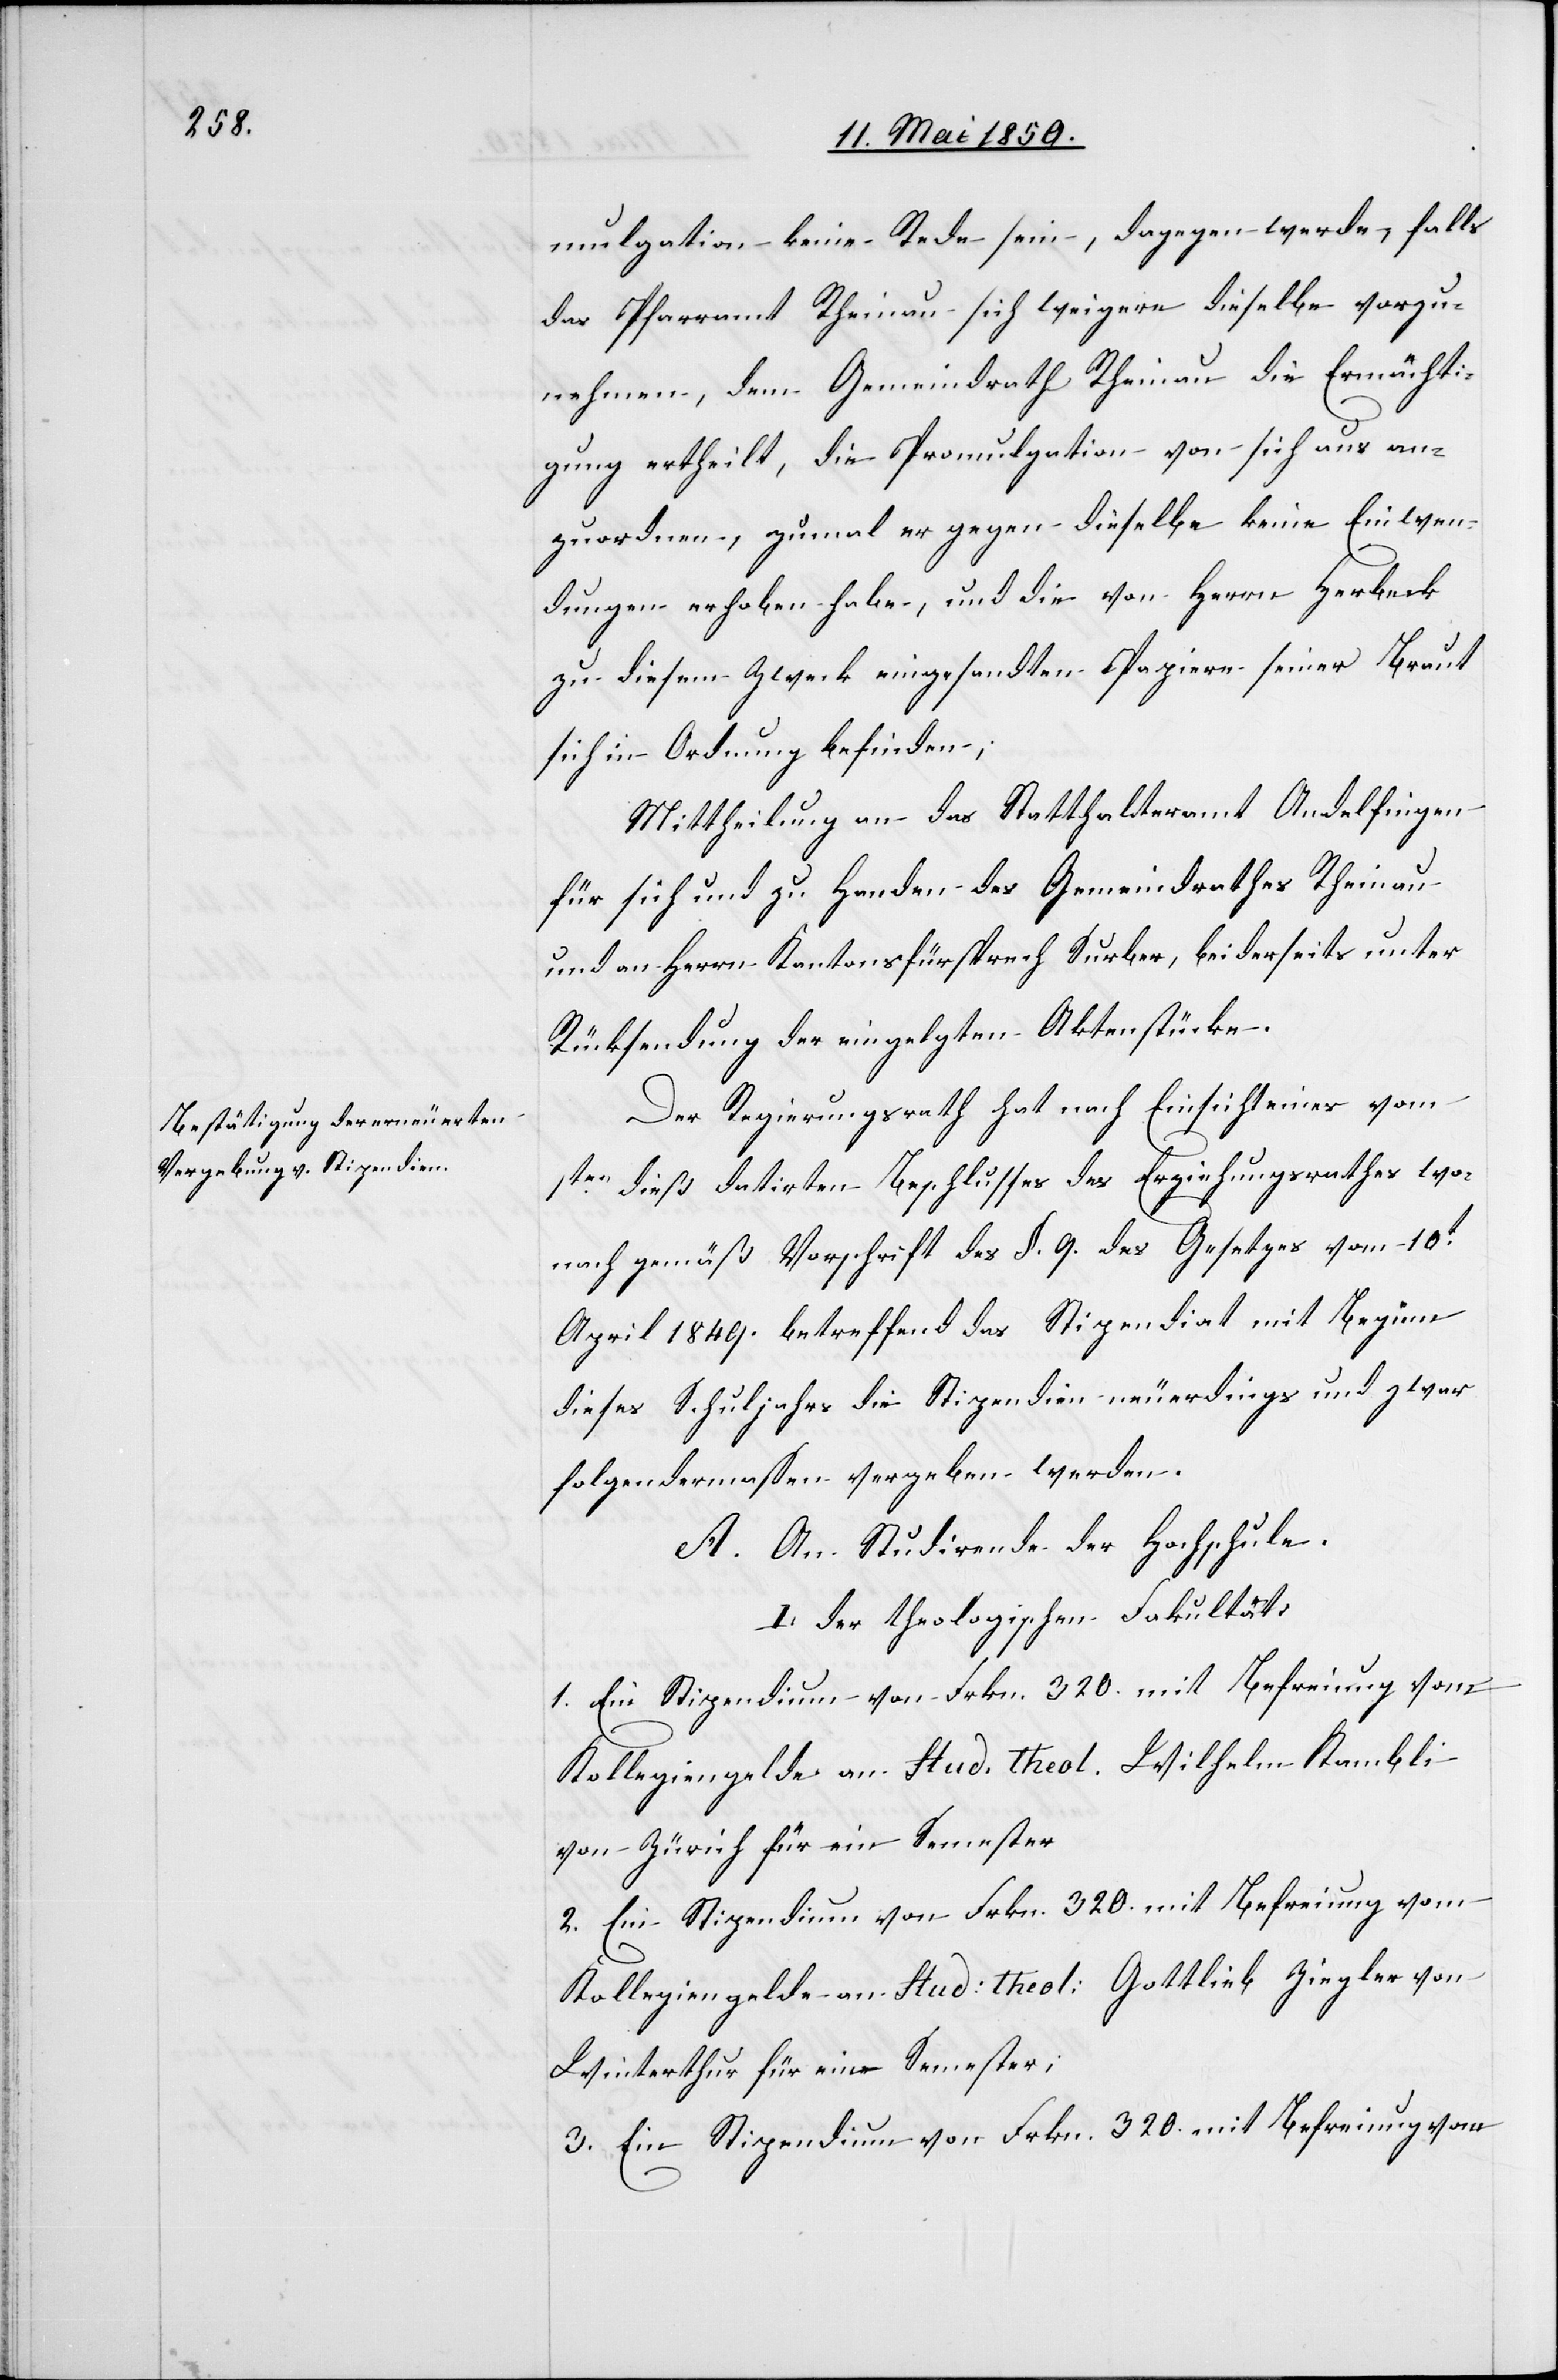
mulgation keine Rede sein, dagegen werde, falls
das Pfarramt Rheinau sich weigere dieselbe vorzu¬
nehmen, dem Gemeindrath Rheinau die Ermächti¬
gung ertheilt, die Promulgation von sich aus an¬
zuordnen, zumal er gegen dieselbe keine Einwen¬
dungen erhoben habe, und die von Herrn Herbeck
zu diesem Zweck eingesandten Papiere seiner Braut
sich in Ordnung befinden;
Mittheilung an das Statthalteramt Andelfingen
für sich und zu Handen des Gemeindrathes Rheinau
und an Herrn Kantonsfürsprech Surber, beiderseits unter
Rücksendung der eingel[e]gten Aktenstücke.
Der Regierungsrath hat nach Einsicht eines vom
1ten dieß datirten Beschlusses des Erziehungsrathes wo¬
nach gemäß Vorschrift des §. 9. des Gesetzes vom 10t
April 1849. betreffend das Stipendiat mit Beginn
dieses Schuljahrs die Stipendien neuerdings und zwar
folgendermassen vergeben werden.
A. An Studirende der Hochschule.
I. der theologischen Fakultät:
1. Ein Stipendium von Frkn. 320. mit Befreiung vom
Kollegiengelde an Stud. Theol. Wilhelm Kambli
von Zürich für ein Semester
2 Ein Stipendium von Frkn. 320. mit Befreiung vom
Kollegiengelde an Stud: Theol: Gottlieb Ziegler von
Winterthur für ein Semester;
3. Ein Stipendium von Frkn. 320. mit Befreiung vom